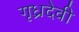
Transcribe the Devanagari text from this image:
गृध्रदेवी